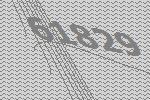
61829